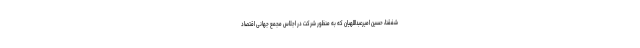
شفقنا، حسین امیرعبداللهیان که به منظور شرکت در اجلاس مجمع جهانی اقتصاد